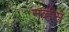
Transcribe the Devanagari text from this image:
नव्‍र्हस